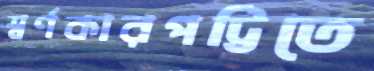
স্বর্ণকারপট্টিতে